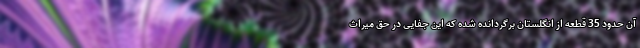
آن حدود 35 قطعه از انگلستان برگردانده شده که این جفایی در حق میراث